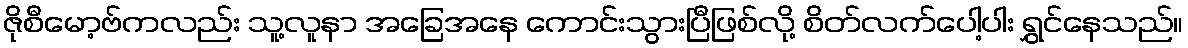
ဇိုစီမော့ဗ်ကလည်း သူ့လူနာ အခြေအနေ ကောင်းသွားပြီဖြစ်လို့ စိတ်လက်ပေါ့ပါး ရွှင်နေသည်။